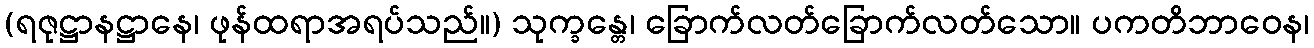
(ရဇုဋ္ဌာနဋ္ဌာနေ၊ ဖုန်ထရာအရပ်သည်။) သုက္ခန္တေ၊ ခြောက်လတ်ခြောက်လတ်သော။ ပကတိဘာဝေန၊